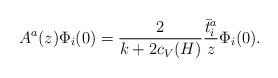
\begin{align*}A^a(z)\Phi_i(0)={2\over k+2c_V(H)}{\bar t^a_i\over z}\Phi_i(0) .\end{align*}